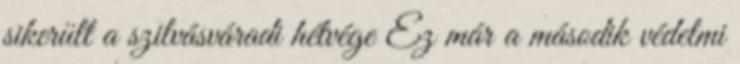
sikerült a szilvásváradi hétvége Ez már a második védelmi